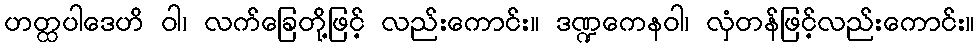
ဟတ္ထပါဒေဟိ ဝါ၊ လက်ခြေတို့ဖြင့် လည်းကောင်း။ ဒဏ္ဍကေနဝါ၊ လှံတန်ဖြင့်လည်းကောင်း။